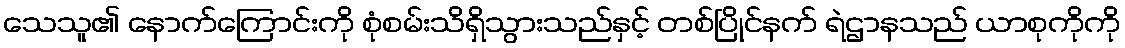
သေသူ၏ နောက်ကြောင်းကို စုံစမ်းသိရှိသွားသည်နှင့် တစ်ပြိုင်နက် ရဲဌာနသည် ယာစုကိုကို